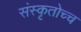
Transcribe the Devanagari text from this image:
संस्कृतोच्च